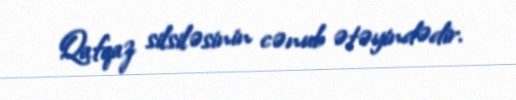
Qafqaz silsiləsinin cənub ətəyindədir.